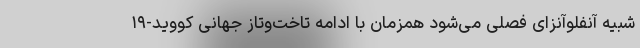
شبیه آنفلوآنزای فصلی می‌شود همزمان با ادامه تاخت‌وتاز جهانی کووید-۱۹